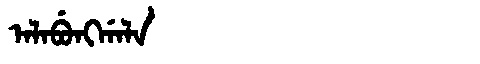
Manchu: ᠠᠯᠠᠪᡠᠩᡤᠠᠯᠠ
Romanization: ALABUNGGALA